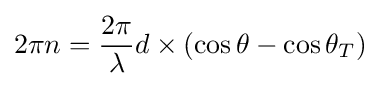
2\pi n={\frac {2\pi }{\lambda }}d\times \left(\cos \theta -\cos \theta _{T}\right)